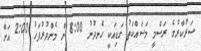
ސަރުކާރުގެ ރަސްމީ މަސައްކަތު ގަޑިއަކީ ހެނދުނު 8:00 ން މެންދުރުފަހު 2:00 އަށް